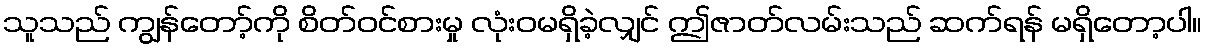
သူသည် ကျွန်တော့်ကို စိတ်ဝင်စားမှု လုံးဝမရှိခဲ့လျှင် ဤဇာတ်လမ်းသည် ဆက်ရန် မရှိတော့ပါ။